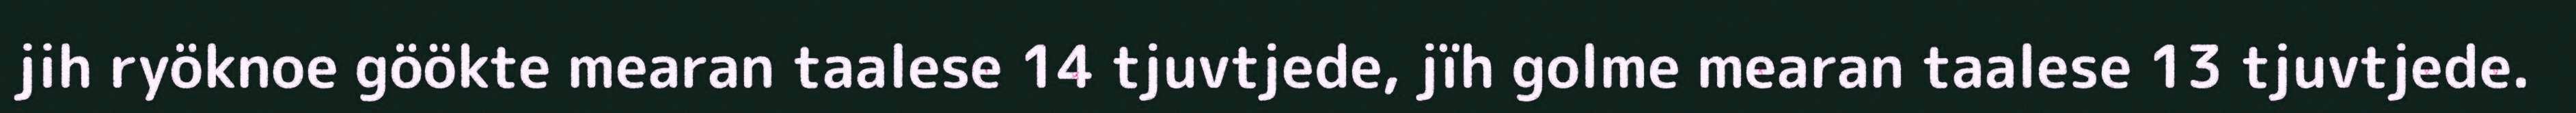
jih ryöknoe göökte mearan taalese 14 tjuvtjede, jïh golme mearan taalese 13 tjuvtjede.